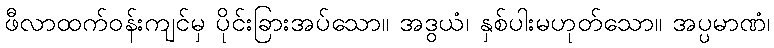
ဖီလာထက်ဝန်းကျင်မှ ပိုင်းခြားအပ်သော။ အဒွယံ၊ နှစ်ပါးမဟုတ်သော။ အပ္ပမာဏံ၊